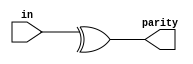
module Reduction(
    input [7:0] in,
    output parity); 

    assign parity = ^in;
    
endmodule